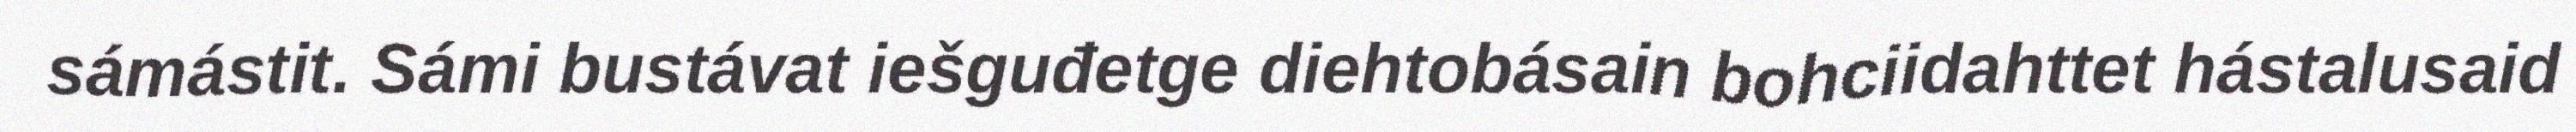
sámástit. Sámi bustávat iešguđetge diehtobásain bohciidahttet hástalusaid